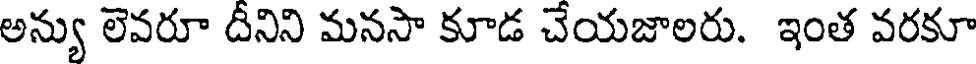
అన్యు లెవరూ దీనిని మనసా కూడ చేయజాలరు. ఇంత వరకూ